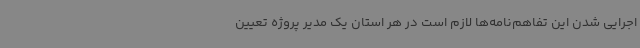
اجرایی شدن این تفاهم‌نامه‌ها لازم است در هر استان یک مدیر پروژه تعیین